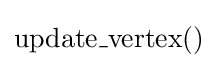
{\text{update}}\_{\text{vertex}}()